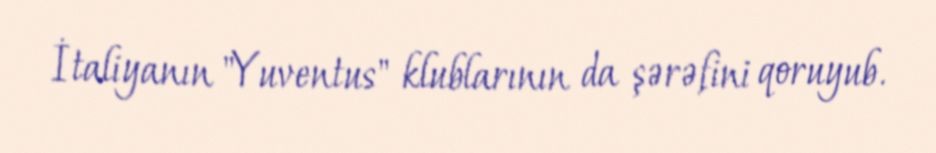
İtaliyanın "Yuventus" klublarının da şərəfini qoruyub.